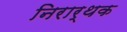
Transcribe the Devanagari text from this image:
निरार्थक